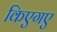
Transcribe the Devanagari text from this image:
किएगए